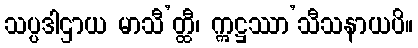
သပ္ပဒါဌာယ မာသီ’တ္ထီ၊ ဣဋ္ဌဿာ’သီသနာယပိ။